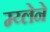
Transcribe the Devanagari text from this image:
म्य्लेने